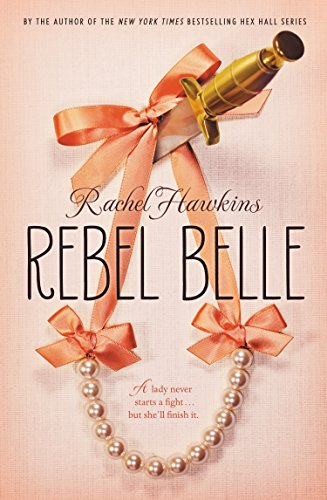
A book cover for Rebel Belle; Rachel Hawkins; Teen & Young Adult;